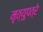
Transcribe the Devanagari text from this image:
मृत्युपत्रे